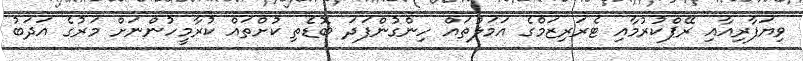
ވިޔަފާރިއާއި ރޭޕްކުރުމާއި ޓެރަރިޒަމްގެ އަމަލުތައް ހިންގުންފަދަ ބޮޑެތި ކުށްތައް ކުރާމީހުންނަށް މަރުގެ އަދަބު